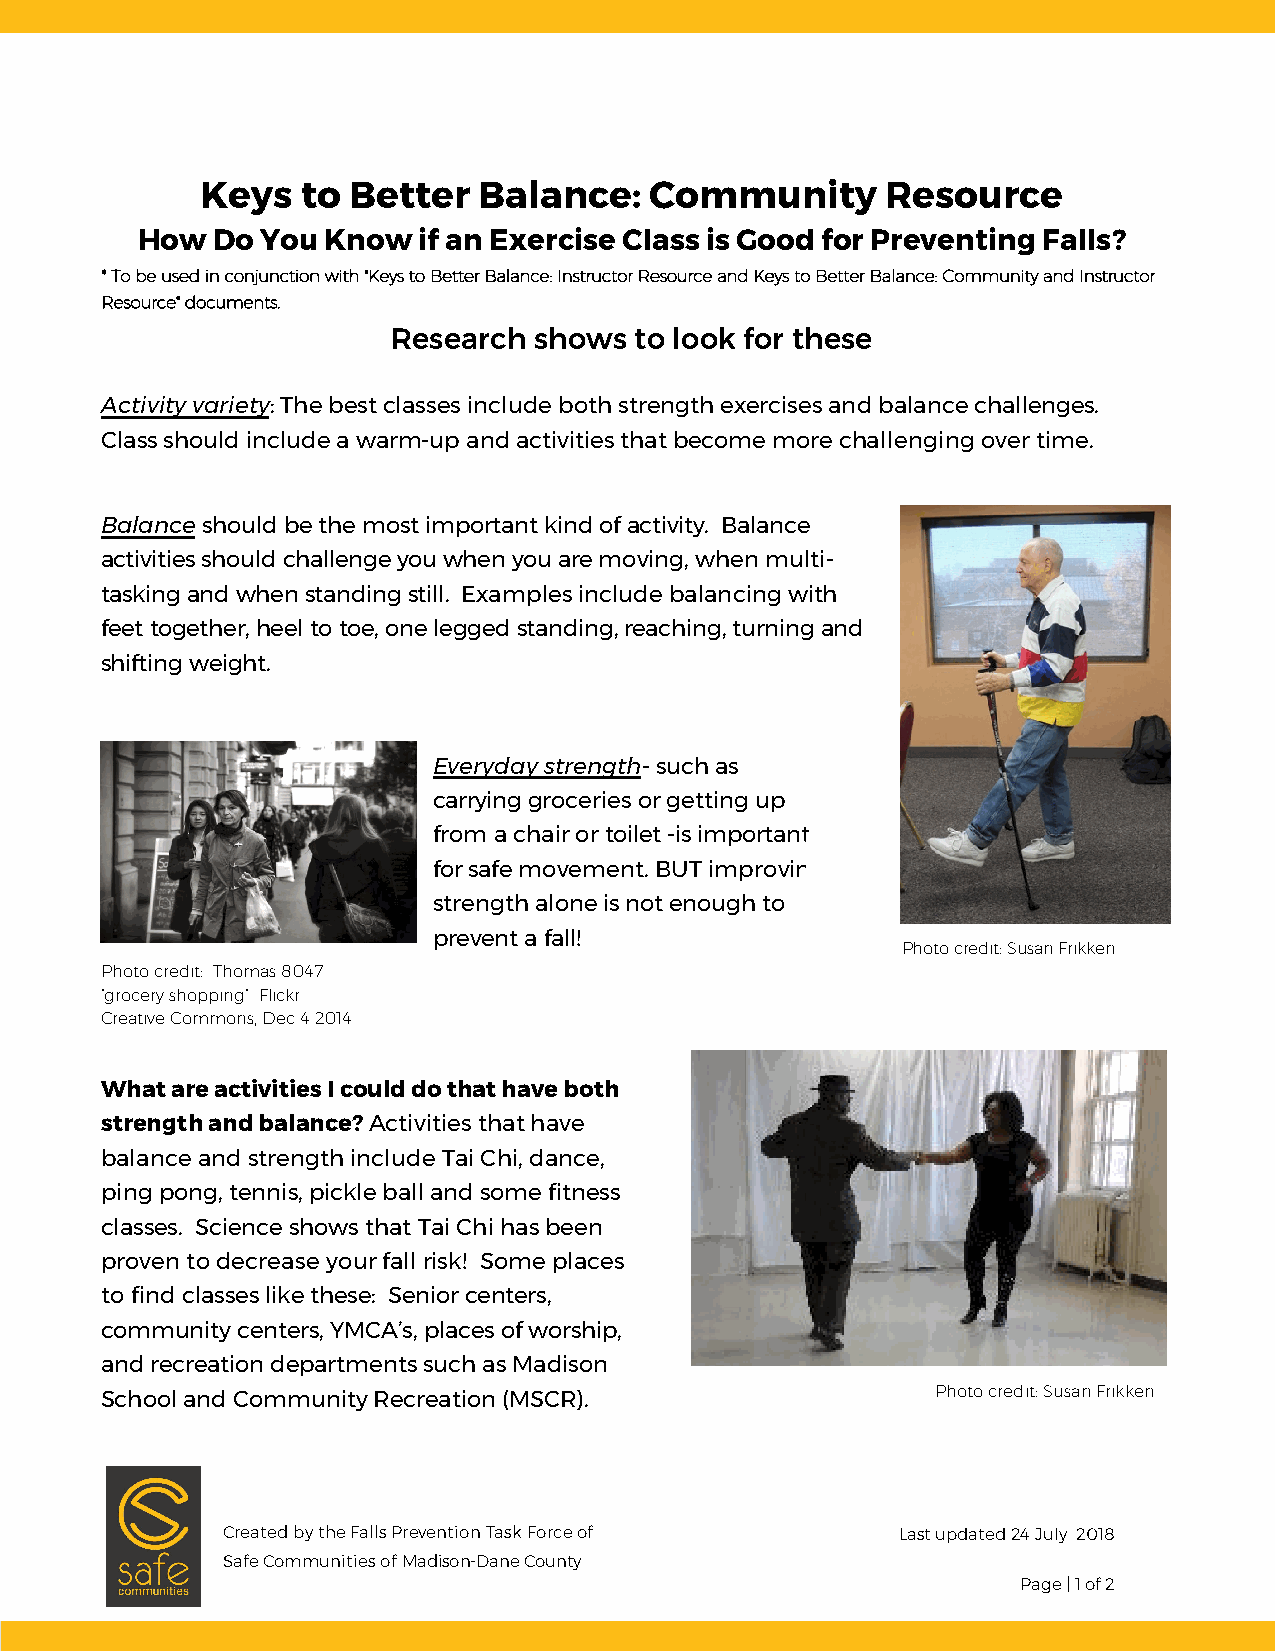
Keys   to Better   Balance:   Community       Resource
 How  Do You  Know  if an Exercise Class is Good for Preventing Falls?
 * To be used in conjunction with "Keys to Better Balance: Instructor Resource and Keys to Better Balance: Community and Instructor
 Resource" documents.
 Research shows  to look for these
 Activity variety: The best classes include both strength exercises and balance challenges.
 Class should include a warm-up and activities that become more challenging over time.
 Balance should be the most important kind of activity. Balance
 activities should challenge you when you are moving, when multi-
 tasking and when standing still. Examples include balancing with
 feet together, heel to toe, one legged standing, reaching, turning and
 shifting weight.
 Everyday strength- such as
 carrying groceries or getting up
 from a chair or toilet -is important
 for safe movement. BUT improving
 strength alone is not enough to
 prevent a fall!
 Photo credit: Susan Frikken
 Photo credit: Thomas 8047
 “grocery shopping” Flickr
 Creative Commons, Dec 4 2014
 What are activities I could do that have both
 strength and balance? Activities that have
 balance and strength include Tai Chi, dance,
 ping pong, tennis, pickle ball and some fitness
 classes. Science shows that Tai Chi has been
 proven to decrease your fall risk! Some places
 to find classes like these: Senior centers,
 community centers, YMCA’s, places of worship,
 and recreation departments such as Madison
 Photo credit: Susan Frikken
 School and Community Recreation (MSCR).
 Created by the Falls Prevention Task Force of Last updated 24 July 2018
 Safe Communities of Madison-Dane County
 Page | 1 of 2